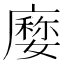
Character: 𢋉